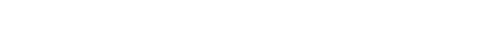
ခေါင်းကို ထိခိုက်မိထားတယ်၊ ရင်ဘတ်အောင့်လာတယ်၊ အသက်ရှုရ ခက်ခဲလာတယ်၊ ခြေထောက်၊လက်